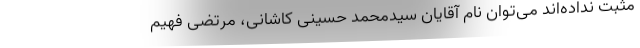
مثبت نداده‌اند می‌توان نام آقایان سیدمحمد حسینی کاشانی، مرتضی فهیم